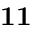
\mathbf { 1 1 }